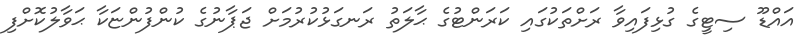
އައްޑޫ ސިޓީގެ ގުޅިފައިވާ ރަށްތަކުގައި ކަރަންޓުގެ ޙާލަތު ރަނގަޅުކުރުމަށް ޖަޕާނުގެ ކުންފުންޏަކާ ޙަވާލުކޮށްފި